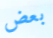
بعض